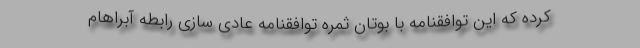
کرده که این توافقنامه با بوتان ثمره توافقنامه عادی سازی رابطه آبراهام